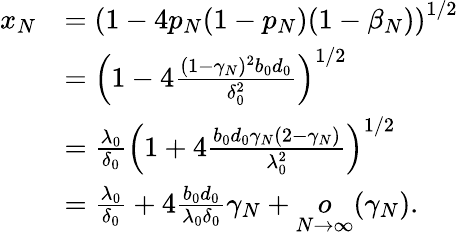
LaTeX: \begin{array}{rl}{x_{N}}&{=\left(1-4p_{N}(1-p_{N})(1-\beta_{N})\right)^{1/2}}\\ &{=\left(1-4\frac{(1-\gamma_{N})^{2}b_{0}d_{0}}{\delta_{0}^{2}}\right)^{1/2}}\\ &{=\frac{\lambda_{0}}{\delta_{0}}\left(1+4\frac{b_{0}d_{0}\gamma_{N}(2-\gamma_{N})}{\lambda_{0}^{2}}\right)^{1/2}}\\ &{=\frac{\lambda_{0}}{\delta_{0}}+4\frac{b_{0}d_{0}}{\lambda_{0}\delta_{0}}\gamma_{N}+\underset{N\to\infty}{o}(\gamma_{N}).}\end{array}